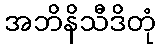
အဘိနိသီဒိတုံ